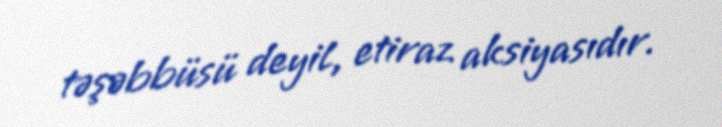
təşəbbüsü deyil, etiraz aksiyasıdır.